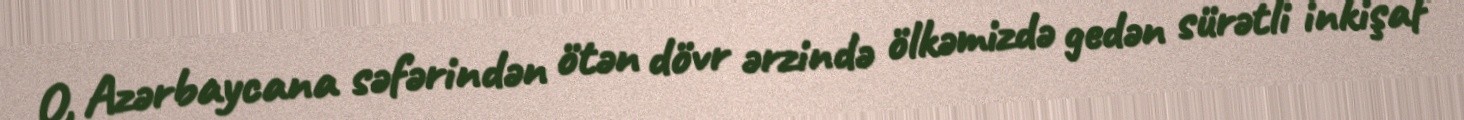
O, Azərbaycana səfərindən ötən dövr ərzində ölkəmizdə gedən sürətli inkişaf